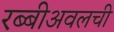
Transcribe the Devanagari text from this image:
रब्बीअवलची